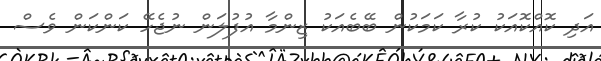
އަދި ކޮއްކޮއަކު ކުރާ ކަމަކުން ބޭބެއަކު ޒިންމާ އުފުލަން ނުޖެހޭ ކަންކަން ވެސް